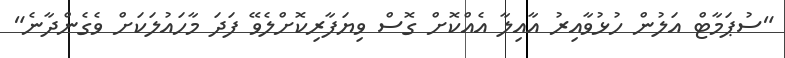
"ސުޕަމާޓް އަލުން ހުޅުވާއިރު އާއިލާ އެއްކޮށް ގޮސް ވިޔަފާރިކޮށްލެވޭ ފަދަ މާހައުލަކަށް ވެގެންދާނެ"